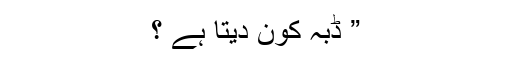
” ڈبّہ کون دیتا ہے ؟